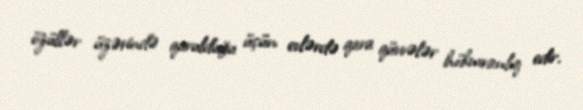
özüllər üzərində qurulduğu üçün evlərdə qara qüvvələr hökmranlıq edir.